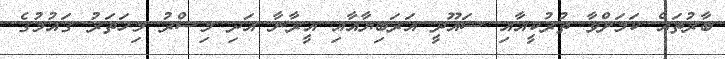
ބާރުތައް ކަމަށްވާ ތުރުކީއާއި ސައޫދީ އަރަބިޔާއާއި އީރާނާ އަދި މިސްރު މިހަތަރު ގައުމުގެ